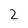
Character: 2